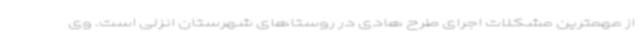
از مهمترین مشکلات اجرای طرح هادی در روستاهای شهرستان انزلی است. وی